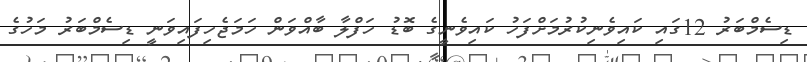
ޑިސެމްބަރު 12ގައި ކައިވެނިކުރުމަށްފަހު ކައިވެނީގެ ބޮޑު ހަފްލާ ބާއްވަން ހަމަޖެހިފައިވަނީ ޑިސެމްބަރު މަހުގެ